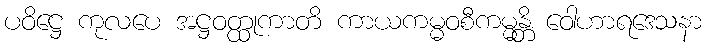
ပဝိဋ္ဌေ ကုလပေ အဋ္ဌဝတ္ထုကာတိ ကာယကမ္မဝစီကမ္မန္တိ ဝေါဟာရဒေသနာ